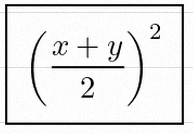
\left(\frac{x+y}{2}\right)^2